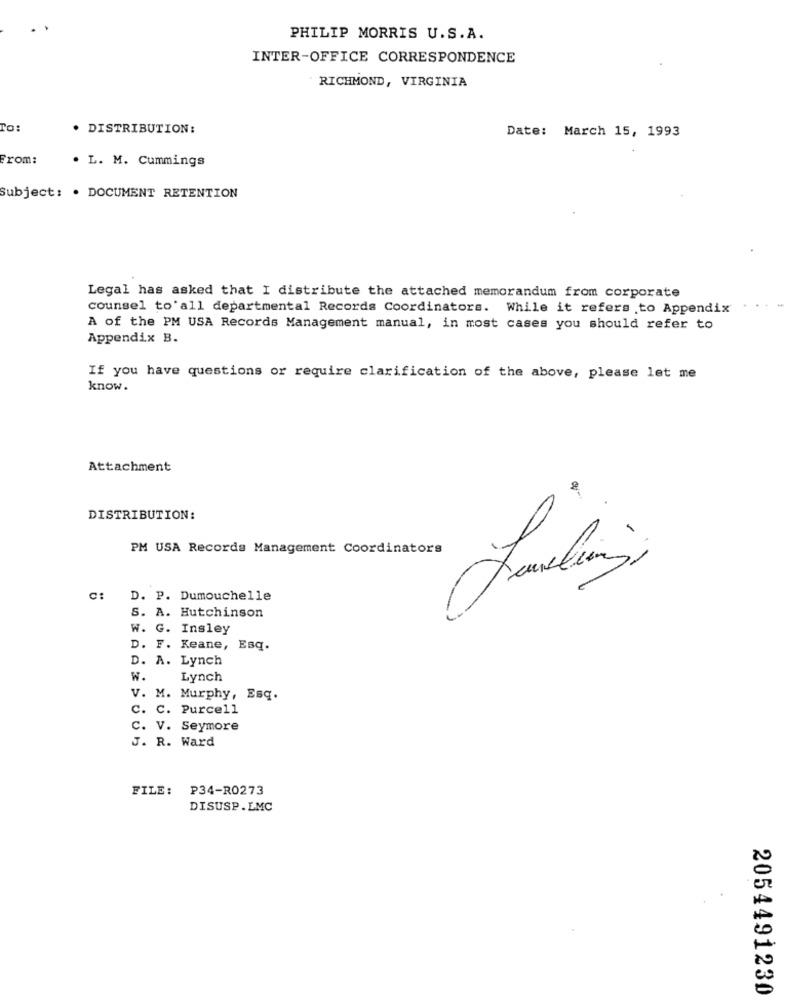
PHILIP MORRIS U.S.A.
INTER-OFFICE CORRESPONDENCE
RICHMOND, VIRGINIA
To:
DISTRIBUTION:
Date: March 15, 1993
From:
. L. M. Cummings
Subject: . DOCUMENT RETENTION
Legal has asked that I distribute the attached memorandum from corporate
counsel to all departmental Records Coordinators. While it refers to Appendix
A of the PM USA Records Management manual, in most cases you should refer to
Appendix B.
If you have questions or require clarification of the above, please let me
know.
Attachment
DISTRIBUTION:
PM USA Records Management Coordinators
c: D. P. Dumouchelle
S. A. Hutchinson
W. G. Insley
D. F. Keane, Esq.
D. A. Lynch
W.
Lynch
V. M. Murphy, Esq.
C. C. Purcell
C. V. Seymore
J. R. Ward
FILE:
P34-R0273
DISUSP.LMC
2054491230